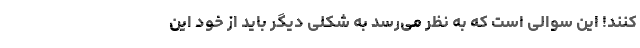
‌کنند! این سوالی است که به نظر می‌رسد به شکلی دیگر باید از خود این